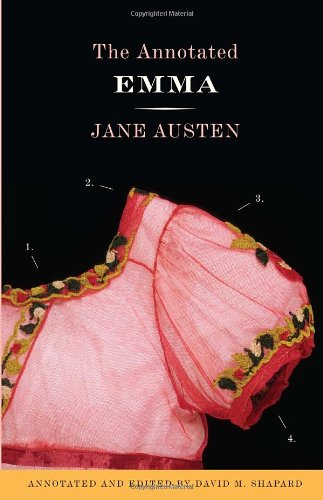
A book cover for The Annotated Emma; Jane Austen; Literature & Fiction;